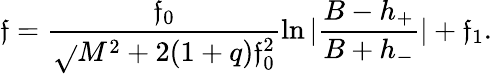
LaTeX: \mathfrak{f}=\frac{{\mathfrak{f}_{0}}}{{\sqrt{}{{M^{2}+2(1+q)\mathfrak{f}_{0}^{2}}}}}\ln|\frac{{B-h_{+}}}{{B+h_{-}}}|+\mathfrak{f}_{1}.